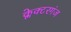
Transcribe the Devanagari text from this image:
क्लेक्टरगंज